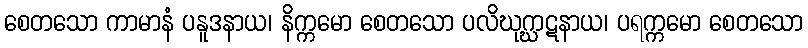
စေတသော ကာမာနံ ပနူဒနာယ၊ နိက္ကမော စေတသော ပလိဃုဂ္ဃာဋနာယ၊ ပရက္ကမော စေတသော